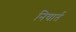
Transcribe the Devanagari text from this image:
नियार्त